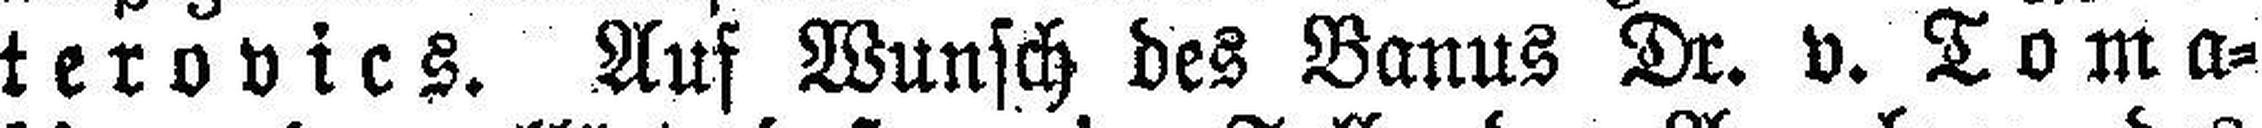
terovics. Auf Wunsch des Banus Dr. v. Toma¬